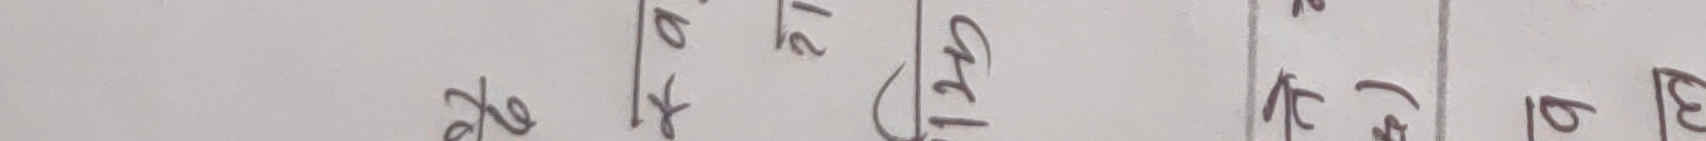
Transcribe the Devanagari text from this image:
केटा १२ डी के. १८ बी ३१